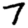
Digit: 7